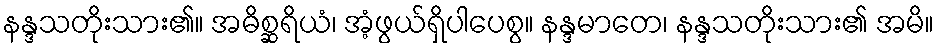
နန္ဒသတိုးသား၏။ အဓိစ္ဆရိယံ၊ အံ့ဖွယ်ရှိပါပေစွ။ နန္ဒမာတေ၊ နန္ဒသတိုးသား၏ အမိ။